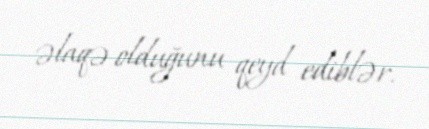
əlaqə olduğunu qeyd ediblər.